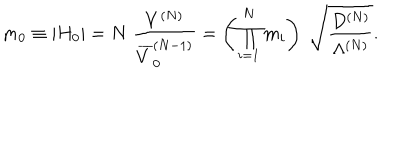
m _ { 0 } \equiv \left| H _ { 0 } \right| = N \; \frac { V ^ { ( N ) } } { \overline { { { V } } } _ { 0 } ^ { ( N - 1 ) } } = \left( \prod _ { i = 1 } ^ { N } m _ { i } \right) \; \sqrt { \frac { D ^ { ( N ) } } { \Lambda ^ { ( N ) } } } .